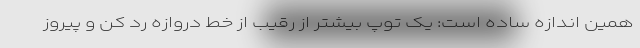
همین اندازه ساده است: یک توپ بیشتر از رقیب از خط دروازه رد کن و پیروز